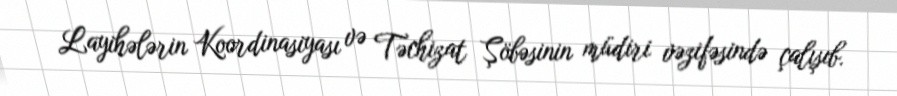
Layihələrin Koordinasiyası və Təchizat Şöbəsinin müdiri vəzifəsində çalışıb.